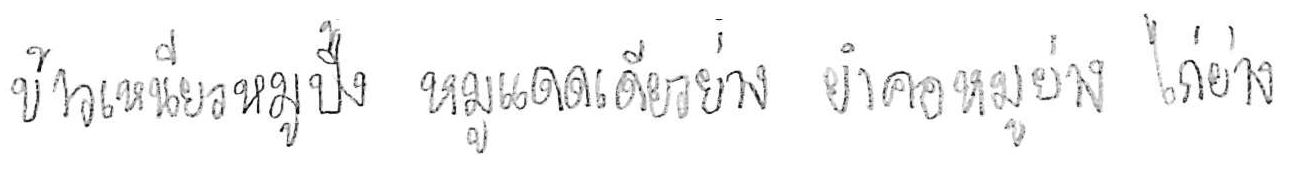
ข้าวเหนียวหมูปิ้ง หมูแดดเดียวย่าง ยำคอหมูย่าง ไก่ย่าง